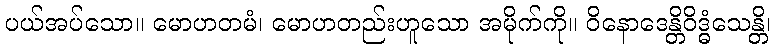
ပယ်အပ်သော။ မောဟတမံ၊ မောဟတည်းဟူသော အမိုက်ကို။ ဝိနောဒေန္တိဝိဒ္ဓံသေန္တိ၊